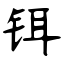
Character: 铒